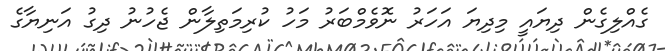
ގެއްލިގެން ދިޔައީ މިދިޔަ އަހަރު ނޮވެމްބަރު މަހު ކުރިމަތިލާން ޖެހުނު ދިގު އަނިޔާގެ